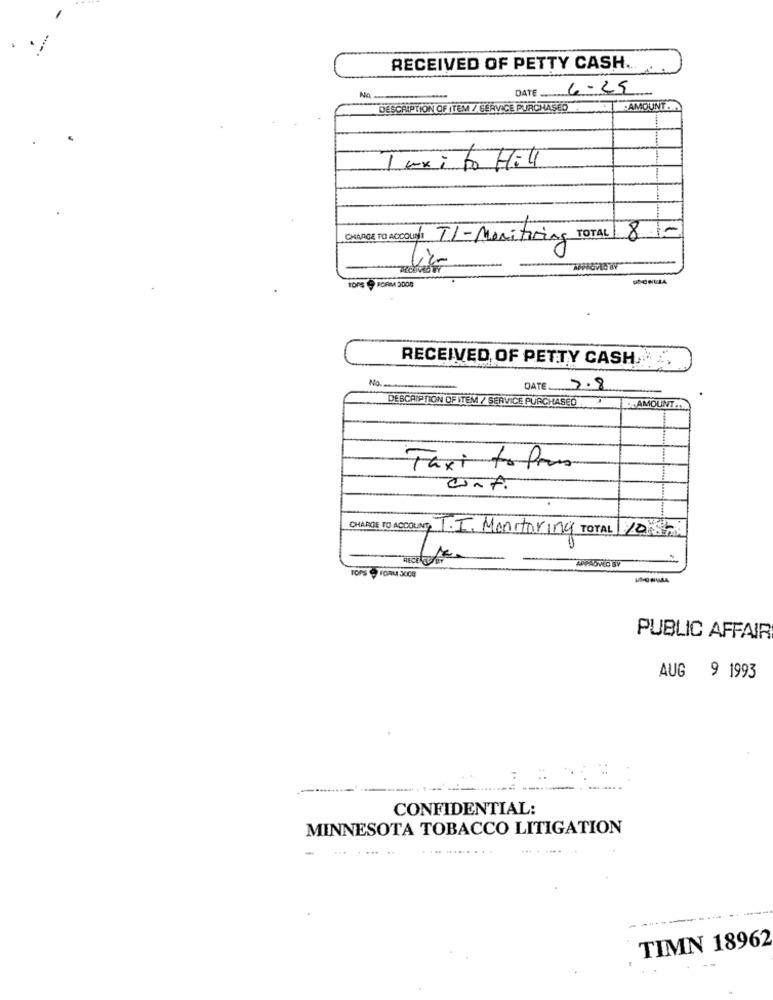
RECEIVED OF PETTY CASH ..
DATE .....
6-25
No.
DESCRIPTION OF ITEM / SERVICE PURCHASED
AMOUNT
Taxi to Hill
CHAGE TO ACCOUNT TI-Monitoring TOTAL 8-
TOPS S FORM 3000
RECEIVED OF PETTY CASH
No ..
DATE 7.8
DESCRIPTION OF ITEM / SERVICE PURCHASED
AMOUNT ..
Taxi to from
confi
CHARGE TO ACCOUNT .I. Monitoring TOTAL YO
PUBLIC AFFAIR
AUG 9 1993
CONFIDENTIAL:
MINNESOTA TOBACCO LITIGATION
-
....
TIMN 18962